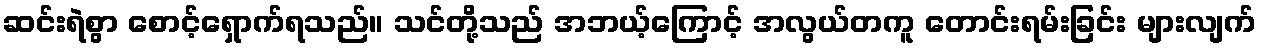
ဆင်းရဲစွာ စောင့်ရှောက်ရသည်။ သင်တို့သည် အဘယ့်ကြောင့် အလွယ်တကူ တောင်းရမ်းခြင်း များလျက်